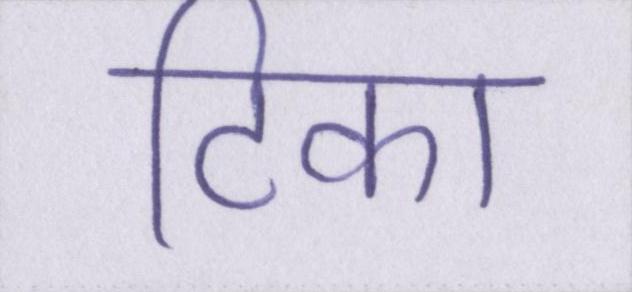
टिका